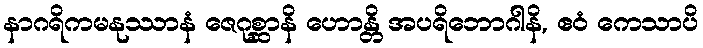
နာဂရိကမနုဿာနံ ဇေဂုစ္ဆာနိ ဟောန္တိ အပရိဘောဂါနိ, ဧဝံ ကေသာပိ